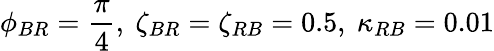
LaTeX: \phi_{BR}=\frac{\pi}{4},\ \zeta_{BR}=\zeta_{RB}=0.5,\ \kappa_{RB}=0.01